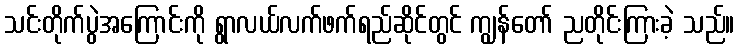
သင်းတိုက်ပွဲအကြောင်းကို ရွာလယ်လက်ဖက်ရည်ဆိုင်တွင် ကျွန်တော် ညတိုင်းကြားခဲ့ သည်။